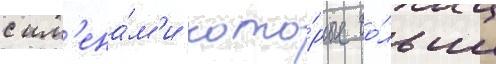
с им'ена́м'и кото́рые бо́льше